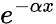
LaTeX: e^{-\alpha x}